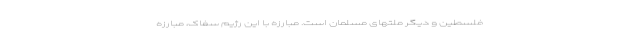
فلسطین و دیگر ملّتهای مسلمان است. مبارزه با این رژیم سفّاک، مبارزه